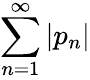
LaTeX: \sum_{n=1}^{\infty}|p_{n}|